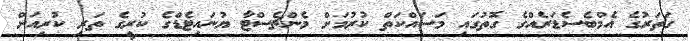
ގަތަރުގެ އެމްބެސެޑަރެއްގެ ގޮތުގައި މަސައްކަތް ކުރުމަށް މެންޗެސްޓާ ޔުނައިޓެޑްގެ ކުރީގެ ތަރި ކުރިއަށް